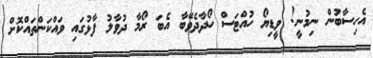
އެހިސާބުން ނިމުނީ! ވީޑިޔޯ ހުއްޓަސް ހޯދާދެވޭބާ އެބަ ރޯމާ ދުވާލު ފާޅުގައި ވައްކަންތަައްކޮށް